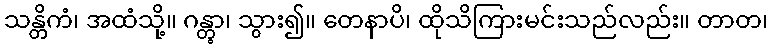
သန္တိကံ၊ အထံသို့။ ဂန္တွာ၊ သွား၍။ တေနာပိ၊ ထိုသိကြားမင်းသည်လည်း။ တာတ၊